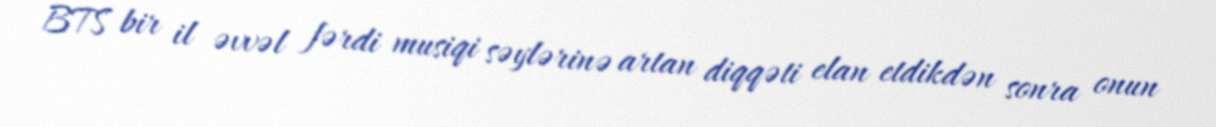
BTS bir il əvvəl fərdi musiqi səylərinə artan diqqəti elan etdikdən sonra onun